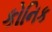
કોનિક